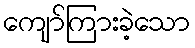
ကျော်ကြားခဲ့သော